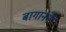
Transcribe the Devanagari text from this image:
बागानने